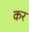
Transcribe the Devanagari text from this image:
कर